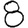
Digit: 8